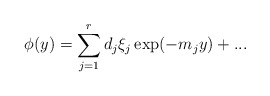
\begin{align*}\phi (y)=\sum_{j=1}^{r}d_{j}\xi _{j}\exp (-m_{j}y)+... \end{align*}